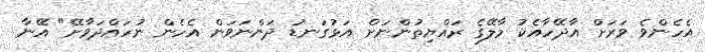
އެހެންވެ ވަރަށް އާދޭހާއެކު މާލޭގެ ރައްޔިތުންނަށް އަޅުގަނޑު ދަންނަަވަން އެހެން ނުހައްދަވާށޭ" އޭނާ